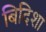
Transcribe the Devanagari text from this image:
बिदिशा